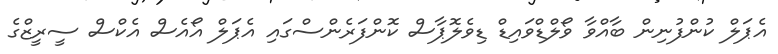
އެޕަލް ކުންފުނިން ބާއްވާ ވޯލްޑްވައިޑް ޑިވެލޮޕާސް ކޮންފަރެންސްގައި އެޕަލް އޯއެސް އެކްސް ސީރީޒްގެ